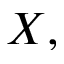
X ,